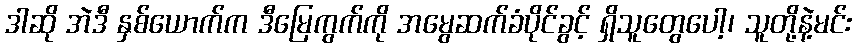
ဒါဆို အဲဒီ နှစ်ယောက်က ဒီမြေကွက်ကို အမွေဆက်ခံပိုင်ခွင့် ရှိသူတွေပေါ့၊ သူတို့နဲ့မင်း